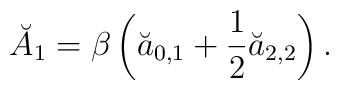
\breve{A}_1=\beta \left(\breve{a}_{0,1}+\frac 12 \breve{a}_{2,2}\right).